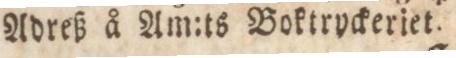
Adreß å Am:ts Boktryckeriet.